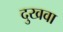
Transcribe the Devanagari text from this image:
दुखवा